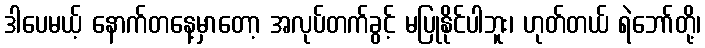
ဒါပေမယ့် နောက်တနေ့မှာတော့ အလုပ်တက်ခွင့် မပြုနိုင်ပါဘူး၊ ဟုတ်တယ် ရဲဘော်တို့၊